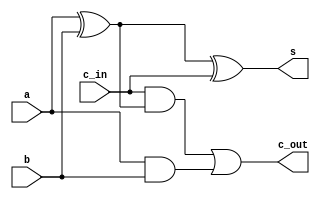
`timescale 1ns / 1ps

module adder(
    input a, b, c_in,
    output s, c_out
    );
    assign s = (a^b)^c_in;
    assign c_out = c_in & (a^b) | (a&b);
endmodule